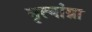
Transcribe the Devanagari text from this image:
नृत्यांग्ना